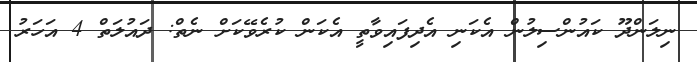
ނިލަންދޫ ކައުންސިލުން އެކަނި އެދިފައިވާތީ އެކަން ކުރެވޭކަށް ނެތް: ދައުލަތް 4 އަހަރު